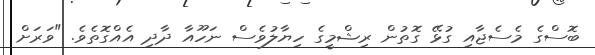
ބޮސްގެ މެސެޖާއި ގުޅޭ ގޮތުން ރިޝްމީގެ ހިޔާލުވެސް ނަހޫއާ ދާދި އެއްގޮތެވެ. "ވަރަށް